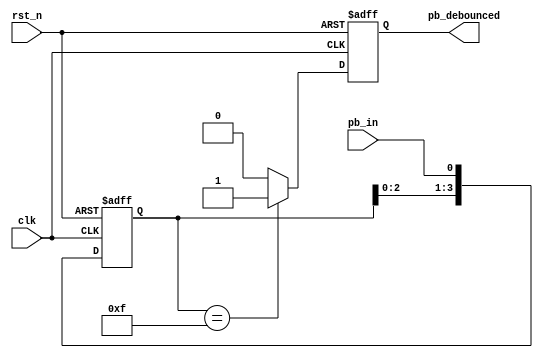
`timescale 1ns / 1ps
//////////////////////////////////////////////////////////////////////////////////
// Company: 
// Engineer: 
// 
// Design Name: 
// Module Name: debounce
// Project Name: 
// Target Devices: 
// Tool Versions: 
// Description: 
// 
// Dependencies: 
// 
// Revision:
// Revision 0.01 - File Created
// Additional Comments:
// 
//////////////////////////////////////////////////////////////////////////////////


module debounce(clk, rst_n, pb_in, pb_debounced);
    input clk, rst_n, pb_in;
    output reg pb_debounced;
    reg [3:0] debounce_window;
    reg pb_debounced_next;

    always@(posedge clk or negedge rst_n)
        if(~rst_n)
            debounce_window <= 4'd0;
        else
            debounce_window <= {debounce_window[2:0], pb_in};
            
    always@*
        if (debounce_window == 4'b1111)
            pb_debounced_next = 1'b1;
        else
            pb_debounced_next = 1'b0;
    
    always@(posedge clk or negedge rst_n)
    if (~rst_n) pb_debounced <= 1'b0;
    else pb_debounced <= pb_debounced_next;
endmodule